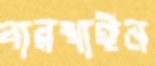
বারখাইন